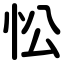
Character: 忪